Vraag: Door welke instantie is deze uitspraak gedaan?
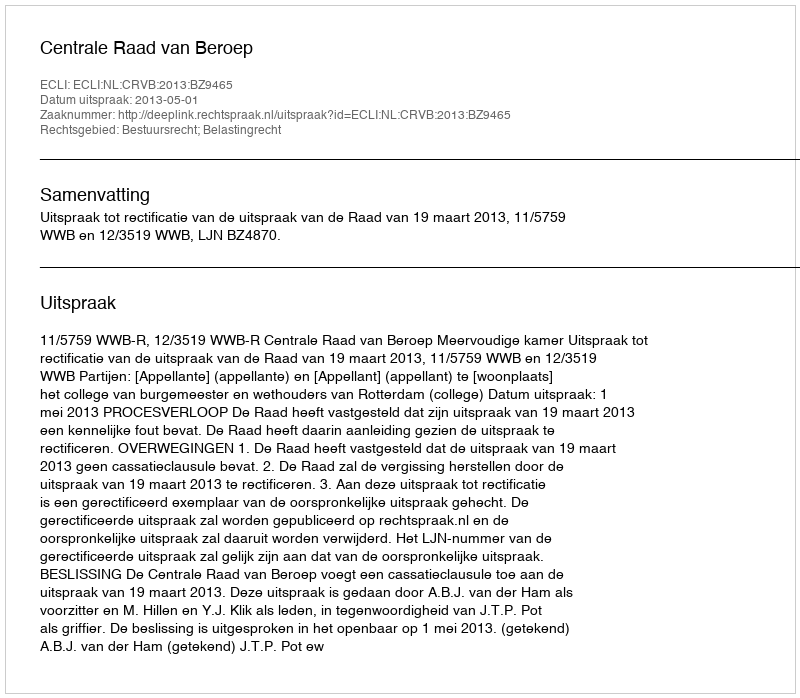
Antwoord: Centrale Raad van Beroep